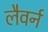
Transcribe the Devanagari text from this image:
लैवर्न